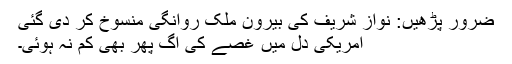
ضرور پڑھیں: نواز شریف کی بیرون ملک روانگی منسوخ کر دی گئی
امریکی دل میں غصے کی آگ پھر بھی کم نہ ہوئی۔